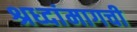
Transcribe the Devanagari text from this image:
श्रध्दांमागची